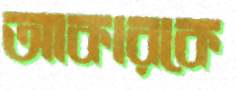
আকারকে